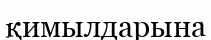
қимылдарына